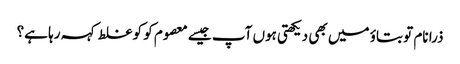
ذرا نام تو بتاؤ میں بھی دیکھتی ہوں آپ جیسے معصوم کو کو غلط کہہ رہا ہے؟